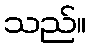
သည်။